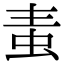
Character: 𧉉